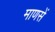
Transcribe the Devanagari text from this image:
माणसें